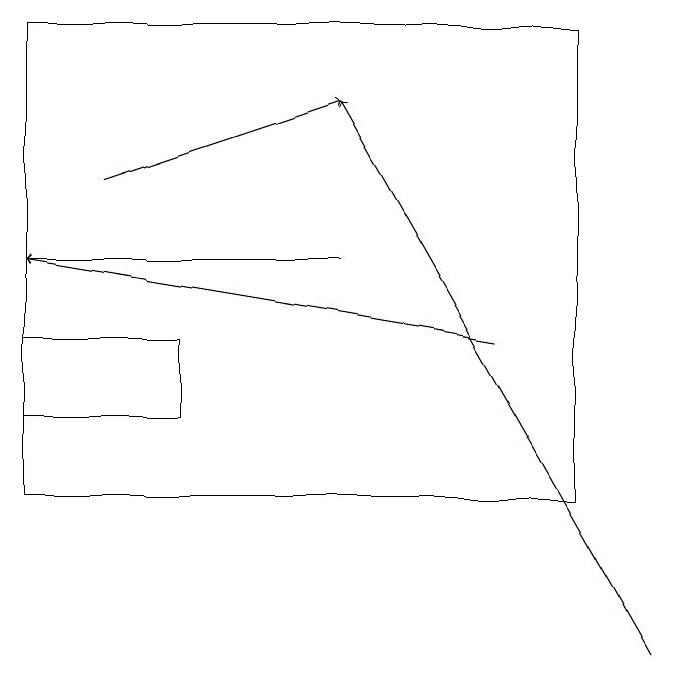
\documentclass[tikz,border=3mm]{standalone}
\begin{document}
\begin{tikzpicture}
\draw (1,19) rectangle (8,13);
\draw[->] (5,16) -- (1,16);
\draw[->] (2,17) -- (5,18);
\draw (3,15) rectangle (1,14);
\draw[->] (7,15) -- (1,16);
\draw[->] (9,11) -- (5,18);
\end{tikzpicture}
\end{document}